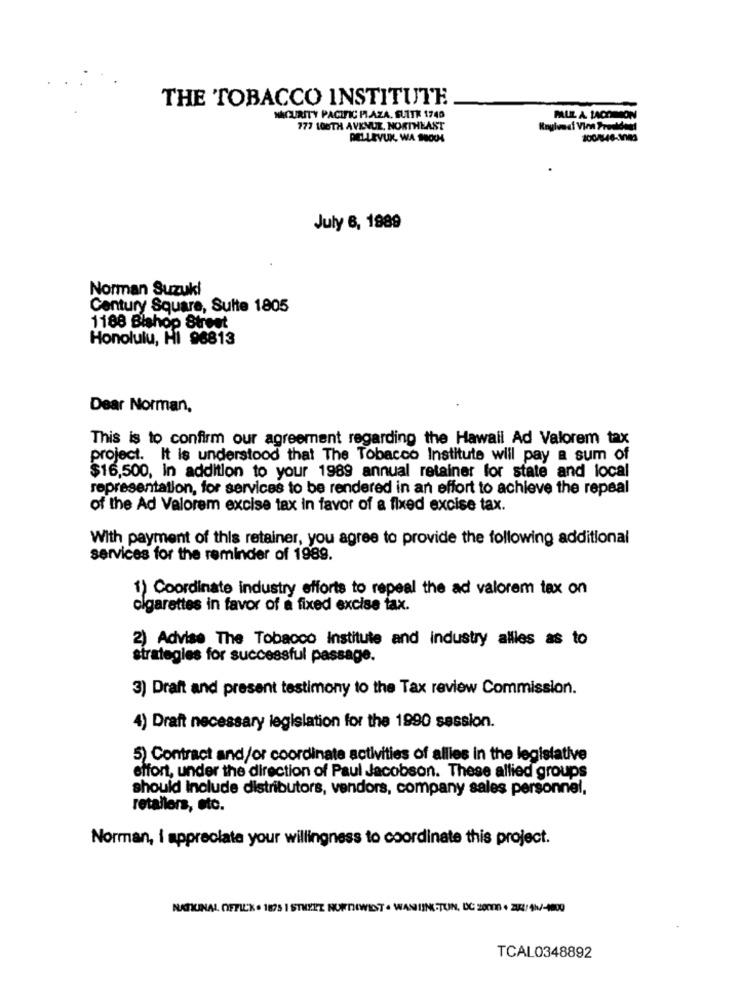
THE TOBACCO INSTITUTE
-
NACURITY PACIFIC PLAZA. SUITE 1740
PAUL A. LACOMMON
777 106TH AVENUE, NORTHEAST
PELLEVUK, WA NOUS
200/146-1080
July 6, 1989
Norman Suzuki
Century Square, Sulte 1805
1188 Bishop Street
Honolulu, HI 96813
Dear Norman,
This is to confirm our agreement regarding the Hawall Ad Valorem tax
project. It is understood that The Tobacco Institute will pay a sum of
$16,500, In addition to your 1989 annual retainer for state and local
representation, for services to be rendered in an effort to achieve the repeal
of the Ad Valorem excise tax in favor of a fixed excise tax.
With payment of this retainer, you agree to provide the following additional
services for the reminder of 1989.
1) Coordinate industry efforts to repeal the ad valorem tax on
cigarettes in favor of a fixed excise fax.
2) Advise The Tobacco Institute and industry allles as to
strategies for successful passage.
3) Draft and present testimony to the Tax review Commission.
4) Draft necessary legislation for the 1990 session.
5) Contract and/or coordinate activities of allies in the legislative
effort, under the direction of Paul Jacobson. These allied groups
should Include distributors, vendors, company sales personnel,
retailers, etc.
Norman, i appreciate your willingness to coordinate this project.
NATRINAL OFFIC'K . 1875 I STREET NORTHWEST . WANTINGTUN, DC 20000 + 212/4h/-1000
TCAL0348892